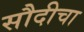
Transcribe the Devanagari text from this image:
सौदीचा